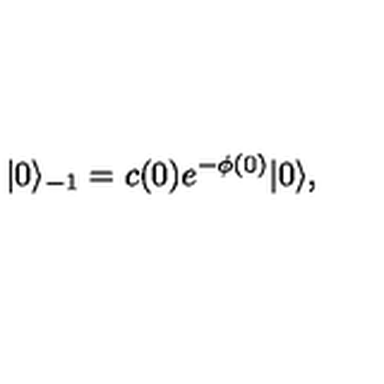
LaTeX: | 0 \rangle _ { - 1 } = c ( 0 ) e ^ { - \phi ( 0 ) } | 0 \rangle ,